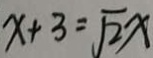
x + 3 = \sqrt { 2 } x